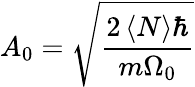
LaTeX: A_{0}=\sqrt{\frac{2\left<N\right>\hbar}{m\Omega_{0}}}